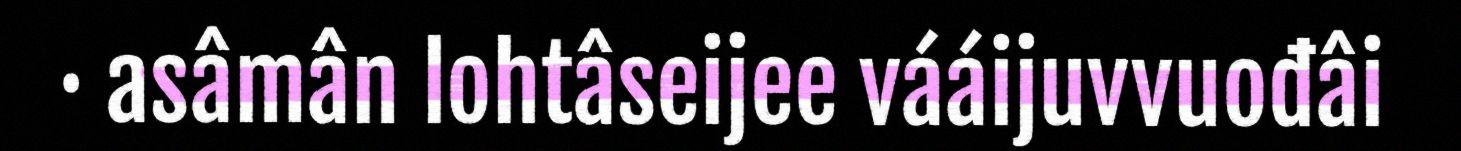
· asâmân lohtâseijee vááijuvvuođâi